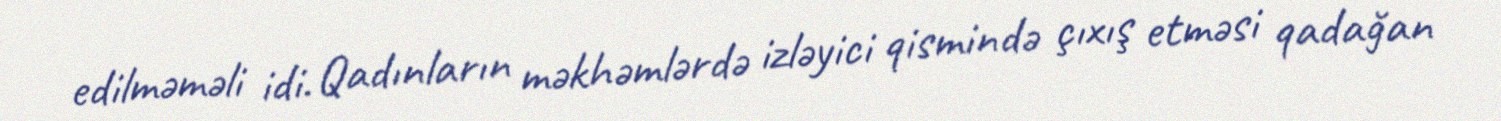
edilməməli idi. Qadınların məkhəmlərdə izləyici qismində çıxış etməsi qadağan